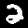
Label: 2